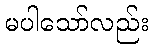
မပါသော်လည်း